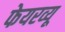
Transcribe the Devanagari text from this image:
फेयरव्यू